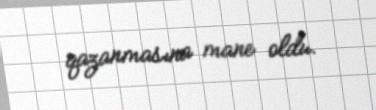
qazanmasına mane oldu.